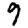
Digit: 9